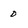
Character: 0